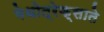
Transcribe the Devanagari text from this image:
मेथोत्रेक्साते